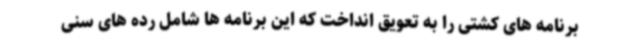
برنامه های کشتی را به تعویق انداخت که این برنامه ها شامل رده های سنی